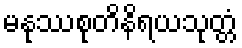
မနုဿစုတိနိရယသုတ္တံ